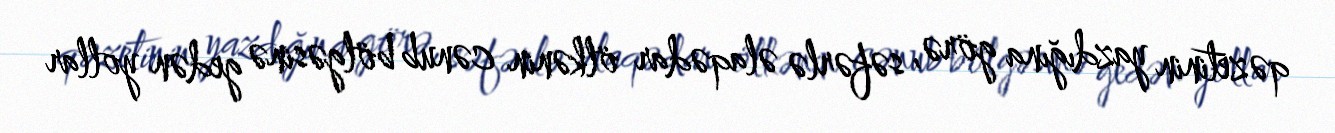
qəzetinin yazdığına görə, səfərlə əlaqədar ölkənin cənub bölgəsinə gedən yollar